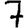
Digit: 7